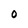
Character: 0